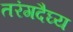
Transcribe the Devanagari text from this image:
तरंगदैघ्य